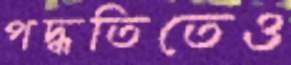
পদ্ধতিতেও